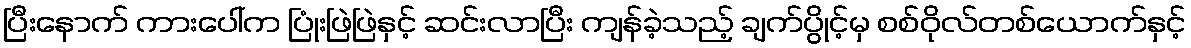
ပြီးနောက် ကားပေါ်က ပြုံးဖြဲဖြဲနှင့် ဆင်းလာပြီး ကျန်ခဲ့သည့် ချက်ပွိုင့်မှ စစ်ဝိုလ်တစ်ယောက်နှင့်